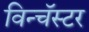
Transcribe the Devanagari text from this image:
विन्चॅस्टर